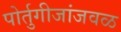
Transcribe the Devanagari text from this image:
पोर्तुगीजांजवळ